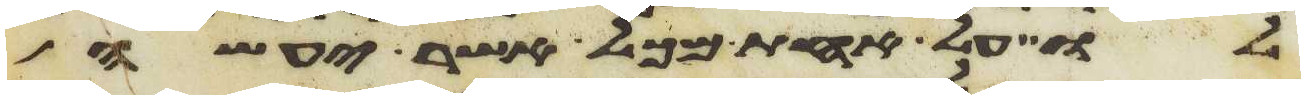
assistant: לו על אחת מכל אשר יעשה